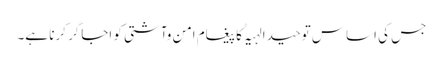
جس کی اساس توحید الہیہٰ کا پیغام امن وآشتی کو اجاگر کرنا ہے۔